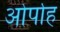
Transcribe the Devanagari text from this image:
ओर्पाह